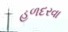
હળદરવા